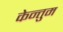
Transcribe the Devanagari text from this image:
केन्तुम